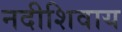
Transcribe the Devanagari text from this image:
नदीशिवाय